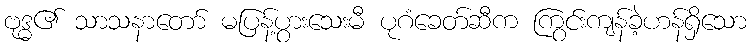
ဗုဒ္ဓ၏ သာသနာတော် မပြန့်ပွားသေးမီ ပုဂံခေတ်ဆီက ကြွင်းကျန်ခဲ့ဟန်ရှိသော